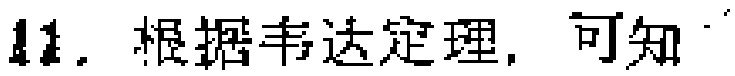
11. 根据韦达定理，可知